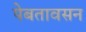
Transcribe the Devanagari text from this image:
पेबतावसन